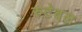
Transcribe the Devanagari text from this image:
रुटेबल